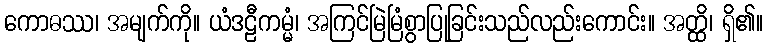
ကောဓဿ၊ အမျက်ကို။ ယံဒဠီကမ္မံ၊ အကြင်မြဲမြံစွာပြုခြင်းသည်လည်းကောင်း။ အတ္ထိ၊ ရှိ၏။